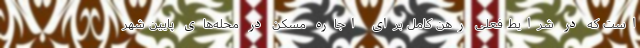
است که در شرایط فعلی رهن کامل برای اجاره مسکن در محله‌های پایین شهر